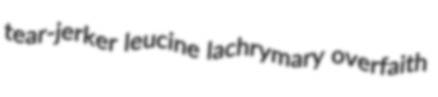
tear-jerker leucine lachrymary overfaith